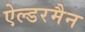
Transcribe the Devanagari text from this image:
ऐल्डरमैन